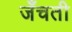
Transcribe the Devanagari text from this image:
जँचती